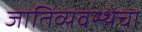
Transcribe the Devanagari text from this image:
जातिव्यवस्थेचा